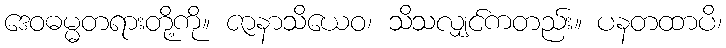
ဒေဝဓမ္မတရားတို့ကို။ ဇာနာသိယေဝ၊ သိသလျှင်ကတည်း။ ပနတထာပိ၊